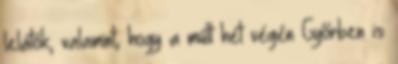
lelátók, valamint, hogy a múlt hét végén Győrben is